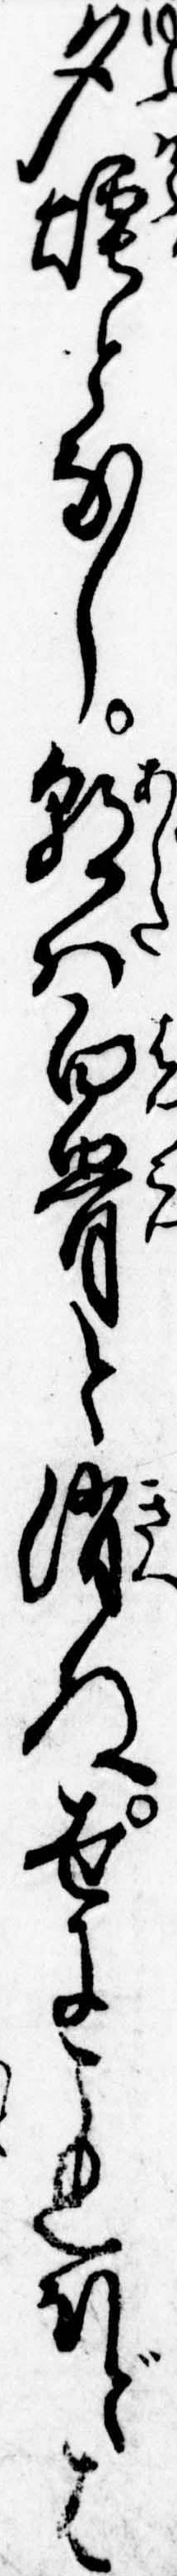
夕煙となし朝は白骨と消ぬ世にこれほどは